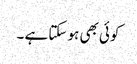
کوئی بھی ہو سکتا ہے ۔